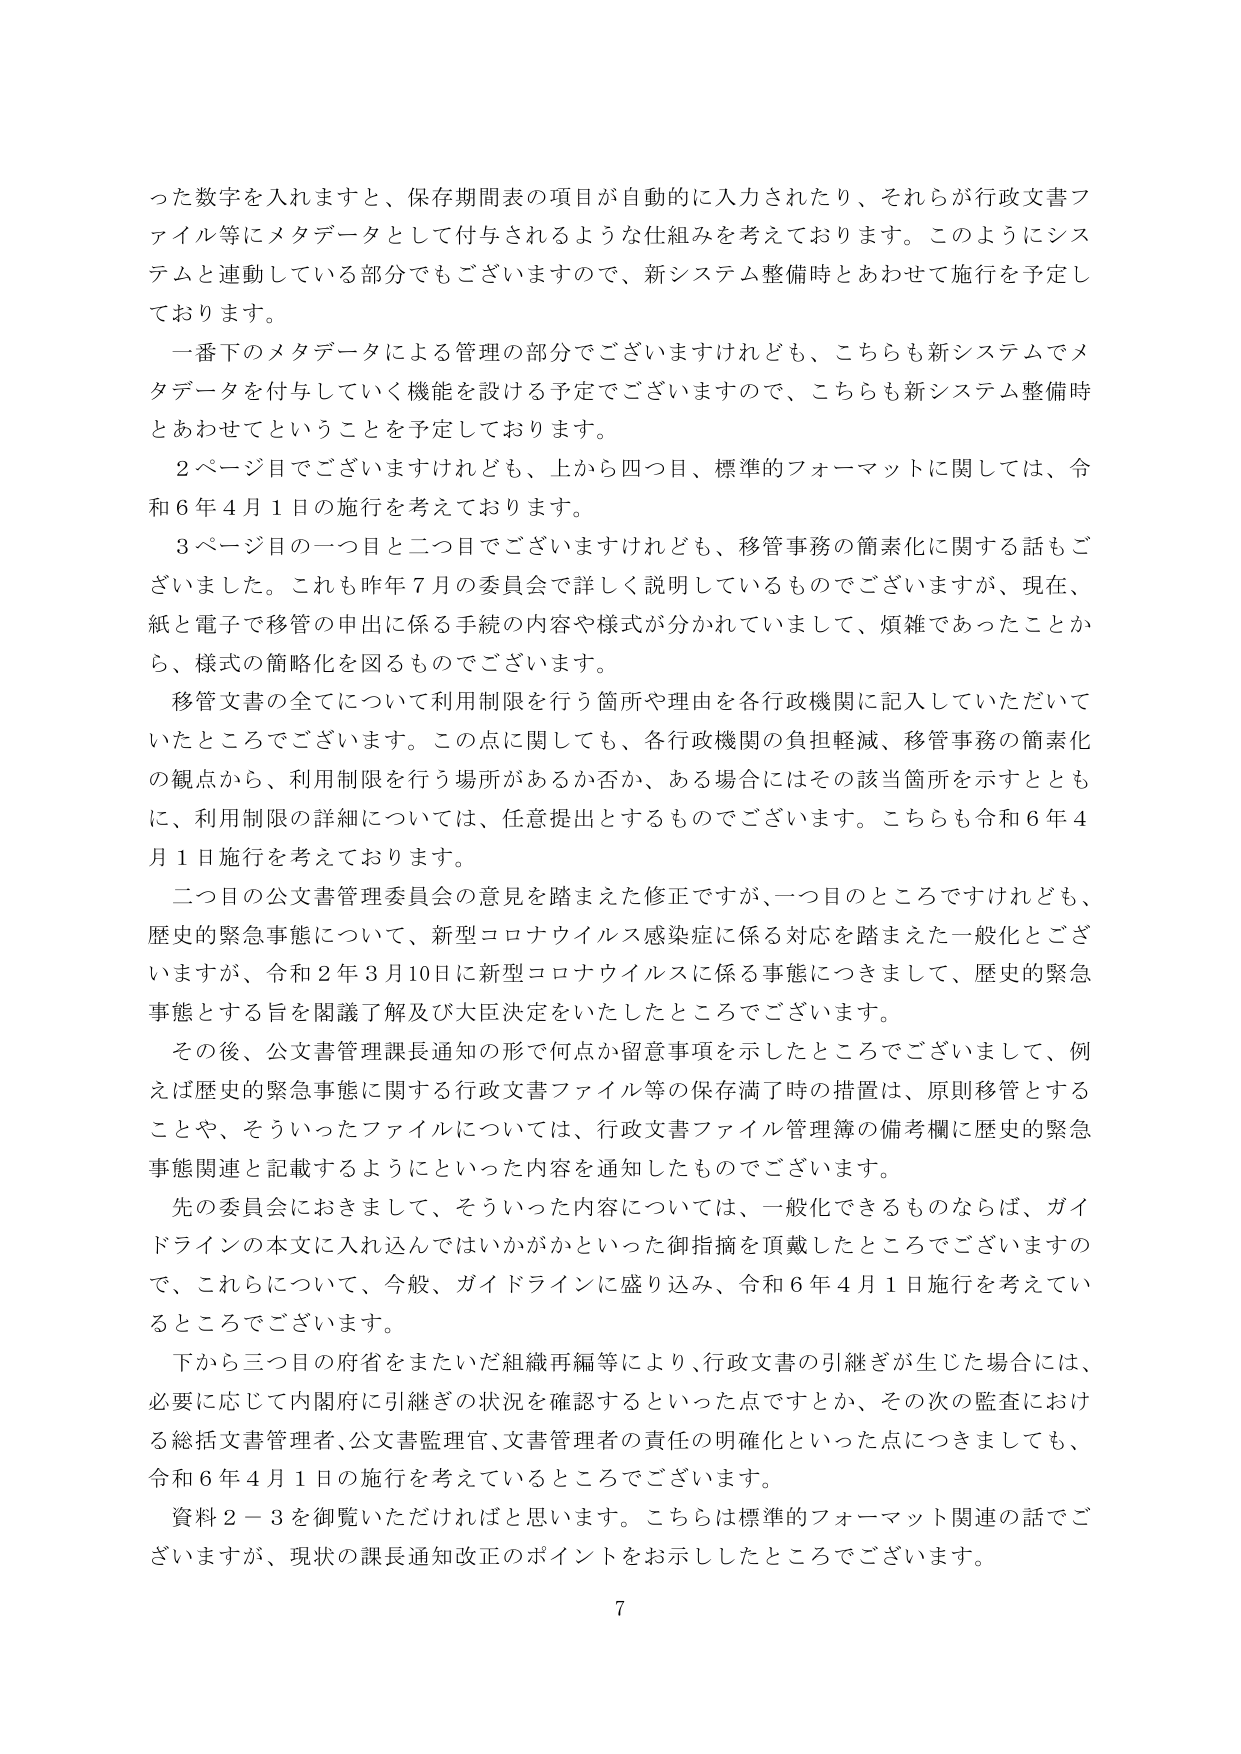
った数字を入れますと、保存期間表の項目が自動的に入力されたり、それらが行政文書ファイル等にメタデータとして付与されるような仕組みを考えております。このようにシステムと連動している部分でもございますので、新システム整備時とあわせて施行を予定しております。

一番下のメタデータによる管理の部分でございますけれども、こちらも新システムでメタデータを付与していく機能を設ける予定でございますので、こちらも新システム整備時とあわせてということを予定しております。

２ページ目でございますけれども、上から四つ目、標準的フォーマットに関しては、令和６年４月１日の施行を考えております。

３ページ目の一つ目と二つ目でございますけれども、移管事務の簡素化に関する話もございました。これも昨年７月の委員会で詳しく説明しているものでございますが、現在、紙と電子で移管の申出に係る手続の内容や様式が分かれていまして、煩雑であったことから、様式の簡略化を図るものでございます。

移管文書の全てについて利用制限を行う箇所や理由を各行政機関に記入していただいていたところでございます。この点に関しても、各行政機関の負担軽減、移管事務の簡素化の観点から、利用制限を行う場所があるか否か、ある場合にはその該当箇所を示すとともに、利用制限の詳細については、任意提出とするものでございます。こちらも令和６年４月１日施行を考えております。

二つ目の公文書管理委員会の意見を踏まえた修正ですが、一つ目のところですけれども、歴史的緊急事態について、新型コロナウイルス感染症に係る対応を踏まえた一般化とございますが、令和２年３月10日に新型コロナウイルスに係る事態につきまして、歴史的緊急事態とする旨を閣議了解及び大臣決定をいたしたところでございます。

その後、公文書管理課長通知の形で何点か留意事項を示したところでございまして、例えば歴史的緊急事態に関する行政文書ファイル等の保存満了時の措置は、原則移管とすることや、そういったファイルについては、行政文書ファイル管理簿の備考欄に歴史的緊急事態関連と記載するようにといった内容を通知したものでございます。

先の委員会におきまして、そういった内容については、一般化できるものならば、ガイドラインの本文に入れ込んではいかがかといった御指摘を頂戴したところでございますので、これらについて、今般、ガイドラインに盛り込み、令和６年４月１日施行を考えていくところでございます。

下から三つ目の府省をまたいだ組織再編等により、行政文書の引継ぎが生じた場合には、必要に応じて内閣府に引継ぎの状況を確認するといった点ですとか、その次の監査における総括文書管理者、公文書監理官、文書管理者の責任の明確化といった点につきましても、令和６年４月１日の施行を考えていくところでございます。

資料２－３を御覧いただければと思います。こちらは標準的フォーマット関連の話でございますが、現状の課長通知改正のポイントをお示ししたところでございます。

7